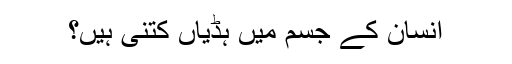
اِنسان کے جسم میں ہڈیاں کتنی ہیں؟